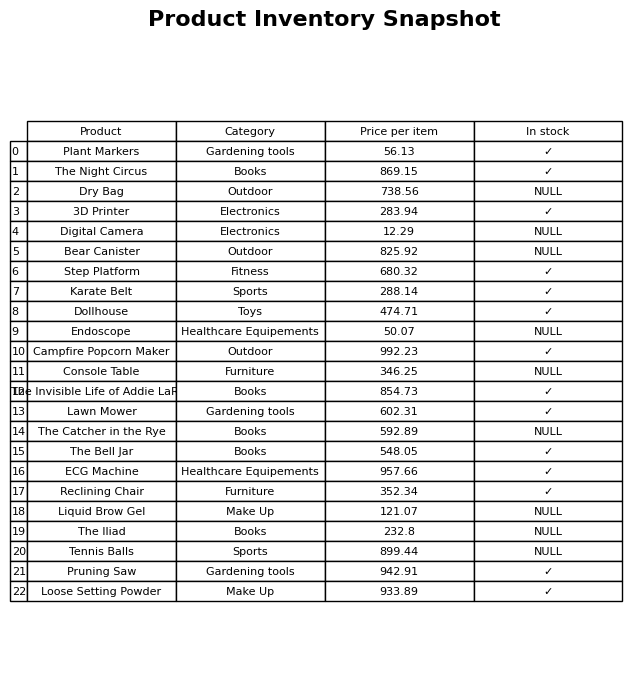
question: What is the price of the Liquid Brow Gel?
answer: The price of Liquid Brow Gel is 121.07.